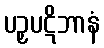
ပဉှပဋိဘာနံ